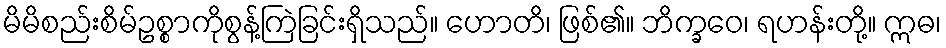
မိမိစည်းစိမ်ဥစ္စာကိုစွန့်ကြဲခြင်းရှိသည်။ ဟောတိ၊ ဖြစ်၏။ ဘိက္ခဝေ၊ ရဟန်းတို့။ ဣဓ၊